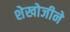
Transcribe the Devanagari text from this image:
शेखोजीने